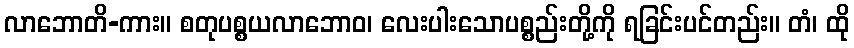
လာဘောတိ-ကား။ စတုပစ္စယလာဘောဝ၊ လေးပါးသောပစ္စည်းတို့ကို ရခြင်းပင်တည်း။ တံ၊ ထို